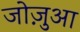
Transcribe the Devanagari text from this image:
जोज़ुआ